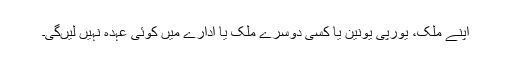
اپنے ملک، یورپی یونین یا کسی دوسرے ملک یا ادارے میں‌ کوئی عہدہ نہیں لیں‌گی۔